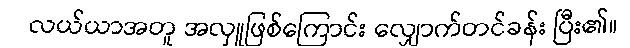
လယ်ယာအတူ အလှူဖြစ်ကြောင်း လျှောက်တင်ခန်း ပြီး၏။